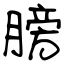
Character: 膀